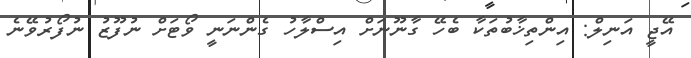
އޭޖީ އަނިލް: އިންތިޚާބުތަކާ ބެހޭ ގާނޫނަށް އިސްލާހު ގެންނަނީ ވޯޓަށް ނުފޫޒު ނުފޯރުވޭނެ